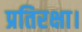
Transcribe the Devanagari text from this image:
प्रतिरक्षा।